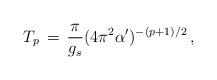
LaTeX: \begin{align*}T_p \, = \, {{\pi} \over {g_s}} (4 \pi^2 \alpha')^{-(p + 1)/2} \,,\end{align*}